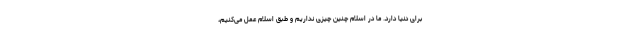
برای دنیا دارد. ما در اسلام چنین چیزی نداریم و طبق اسلام عمل می‌کنیم،